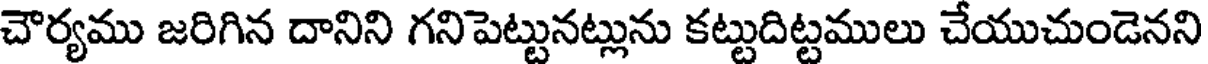
చౌర్యము జరిగిన దానిని గనిపెట్టునట్లును కట్టుదిట్టములు చేయుచుండెనని